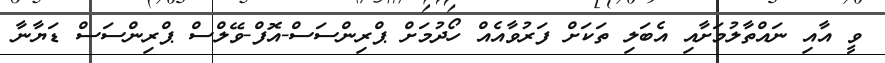
ވީ އާއި ނައްތާލުމަށާއި އެބަލި ތަކަށް ފަރުވާއެއް ހޯދުމަށް ޕްރިންސަސް-އޮފް-ވޭލްސް ޕްރިންސަސް ޑަޔާނާ